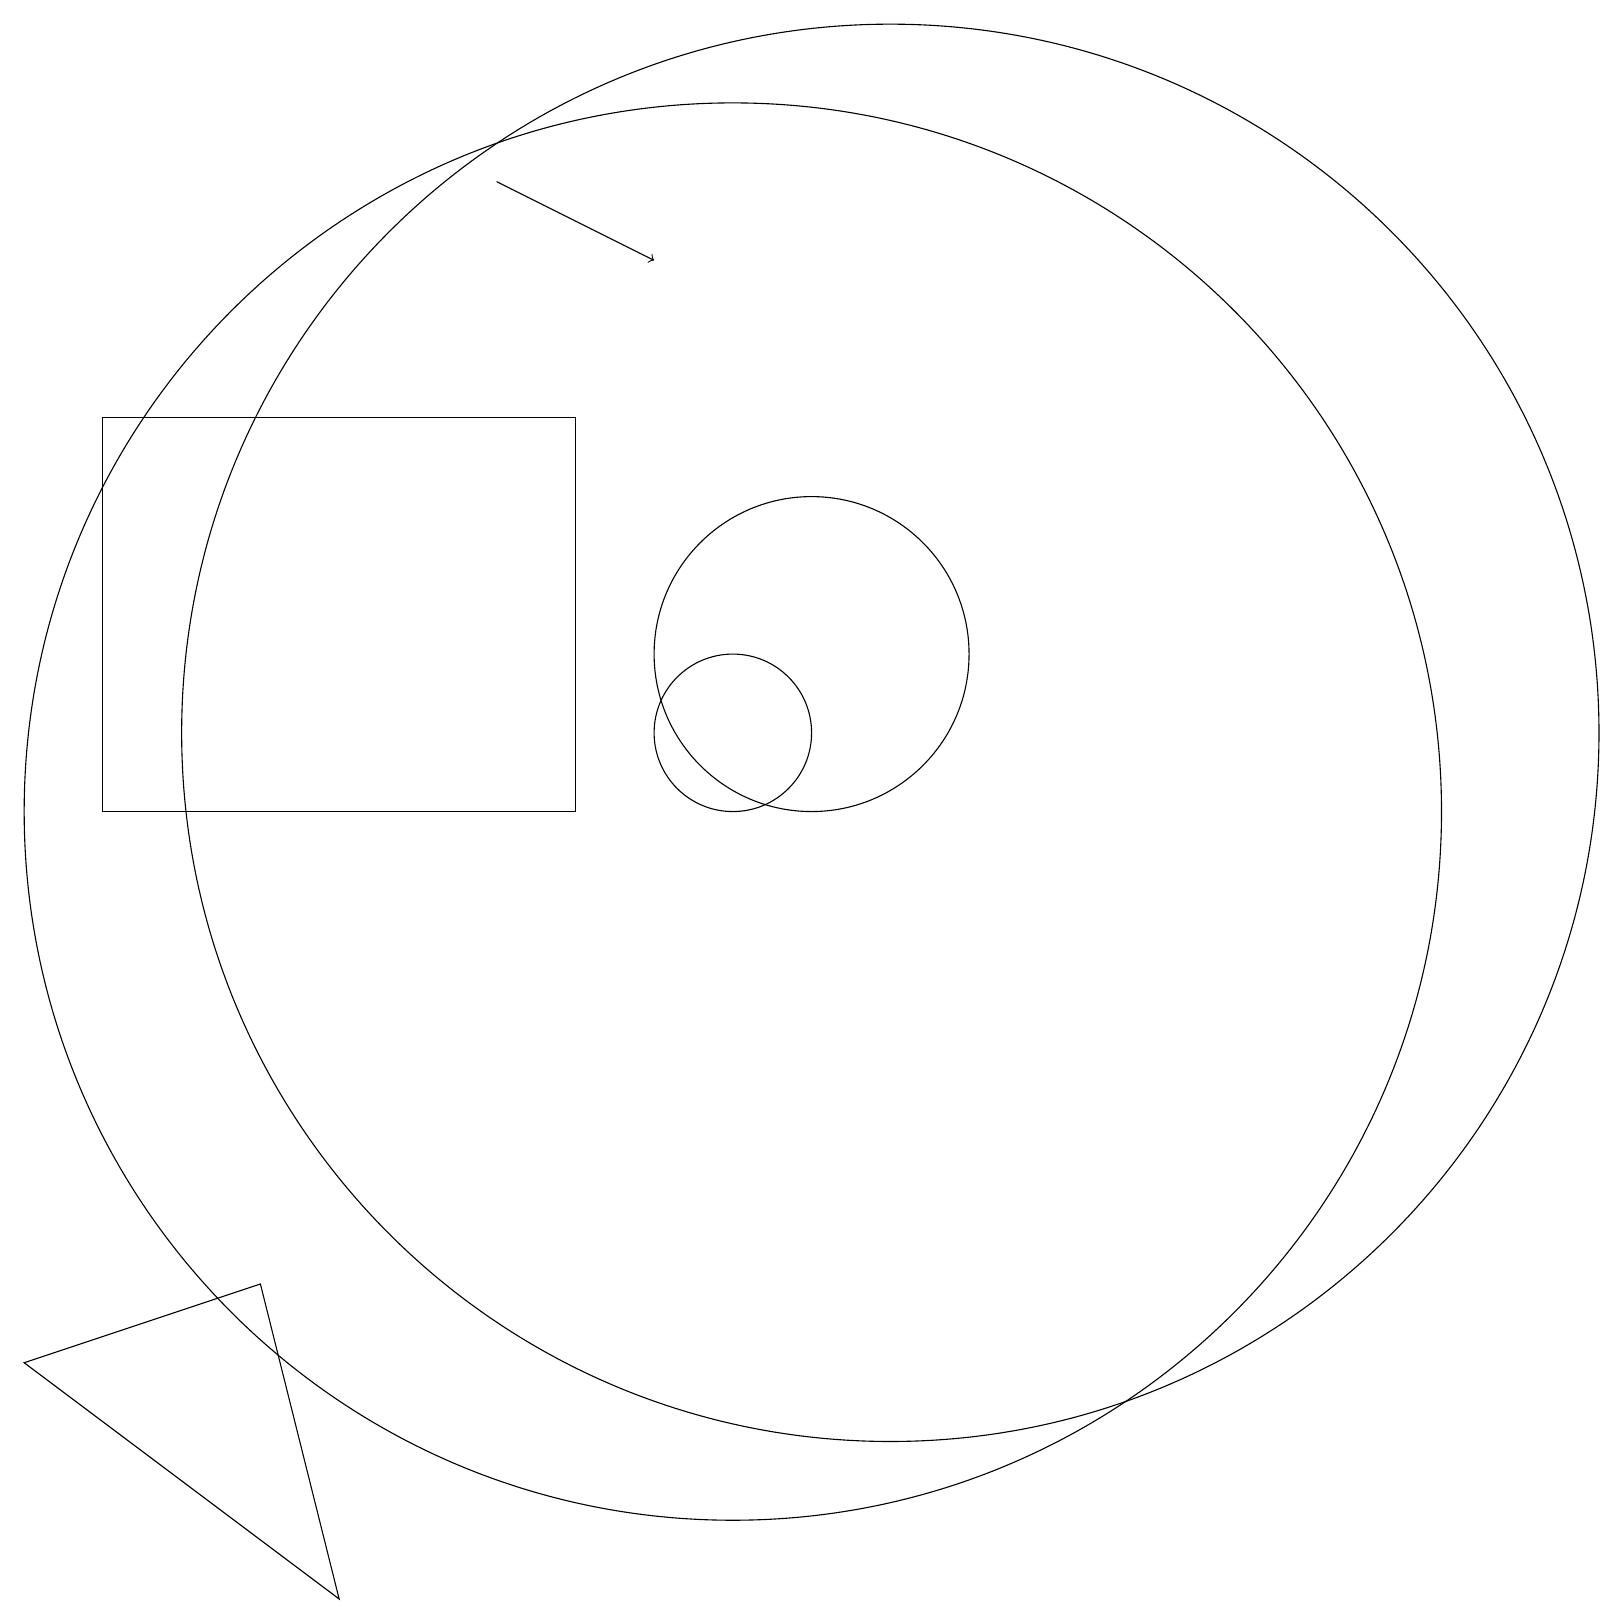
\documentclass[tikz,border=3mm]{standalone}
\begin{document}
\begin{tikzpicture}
\draw[->] (7,18) -- (9,17);
\draw (11,12) circle (2);
\draw (10,10) circle (9);
\draw (12,12) circle (0);
\draw (1,3) -- (4,4) -- (5,0) -- cycle;
\draw (10,11) circle (1);
\draw (12,11) circle (9);
\draw (8,15) rectangle (2,10);
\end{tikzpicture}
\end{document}